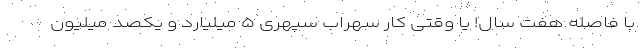
با فاصله هفت سال! یا وقتی کار سهراب سپهری ۵ میلیارد و یکصد میلیون